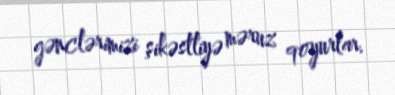
gənclərimizi şikəstliyə məruz qoyurlar.